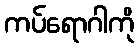
ကပ်ရောဂါကို